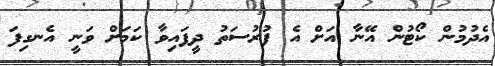
އެދުމުން ކޯޓުން އޭނާ އަށް އެ ފުރުސަތު ދީފައިވާ ކަމަށް ވަނީ އެނގިފަ